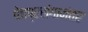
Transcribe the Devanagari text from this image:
पेचप्रसंगानंतर